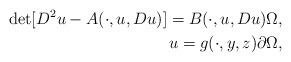
LaTeX: \begin{align*} \det[D^2u-A(\cdot,u,Du)] = B(\cdot,u,Du) \Omega, \\ u = g(\cdot,y,z) \partial \Omega, \end{align*}